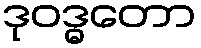
ဒုဝဒ္ဓတော